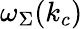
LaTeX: \omega_{\Sigma}(k_{c})